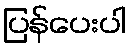
ပြန်ပေးပါ